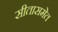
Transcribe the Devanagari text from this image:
सीतासमेत